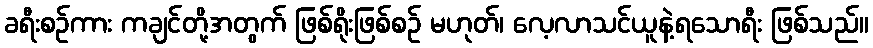
ခရီးစဉ်ကား ကချင်တို့အတွက် ဖြစ်ရိုးဖြစ်စဉ် မဟုတ်၊ လေ့လာသင်ယူနဲ့ရသောရီး ဖြစ်သည်။